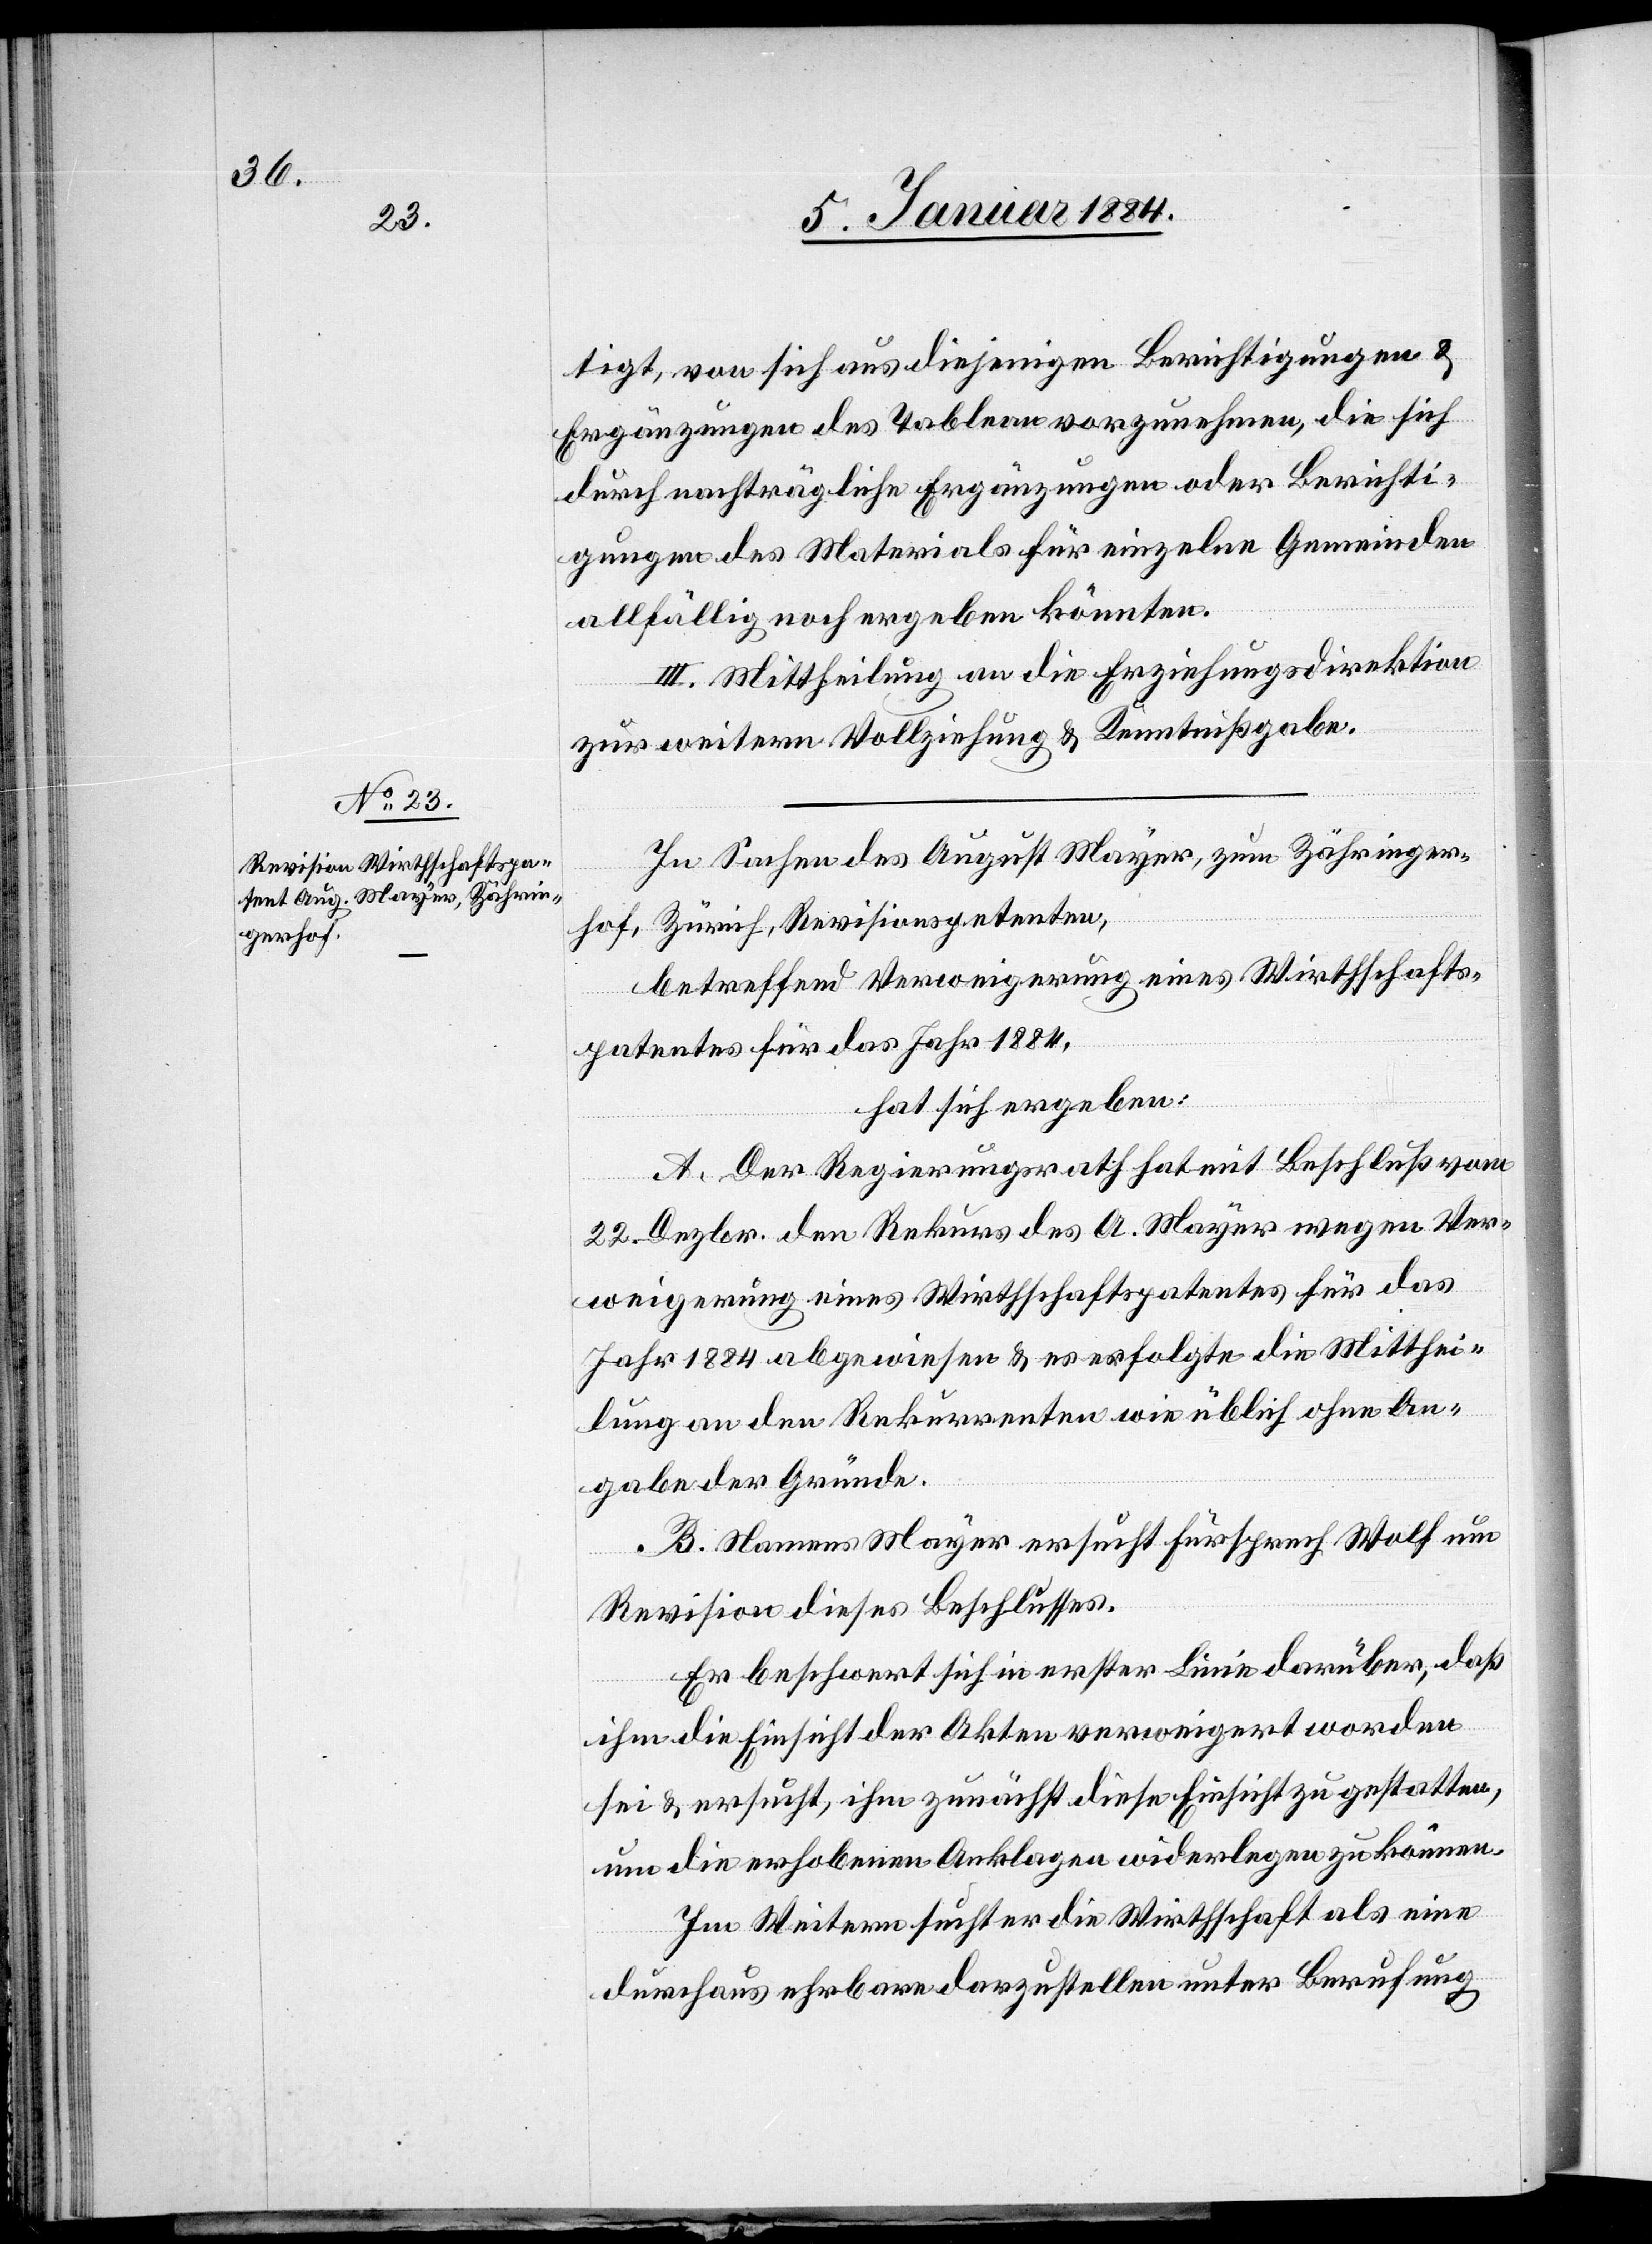
tigt, von sich aus diejenigen Berichtigungen &
Ergänzungen des Tableau vorzunehmen, die sich
durch nachträgliche Ergänzungen oder Berichti¬
gungen des Materials für einzelne Gemeinden
allfällig noch ergeben könnten.
III. Mittheilung an die Erziehungsdirektion
zur weitern Vollziehung & Kenntnißgabe.
In Sachen des August Mayer, zum Zähringer¬
hof, Zürich, Revisionspetenten,
betreffend Verweigerung eines Wirthschafts¬
patentes für das Jahr 1884,
hat sich ergeben:
A. Der Regierungsrath hat mit Beschluß vom
22. Dezbr. den Rekurs des A. Mayer wegen Ver¬
weigerung eines Wirthschaftspatentes für das
Jahr 1884 abgewiesen & es erfolgte die Mitthei¬
lung an den Rekurrenten wie üblich ohne An¬
gabe der Gründe.
B. Namens Mayer ersucht Fürsprech Wolf um
Revision dieses Beschlusses.
Er beschwert sich in erster Linie darüber, aß
ihm die Einsicht der Akten verweigert worden
sei & ersucht, ihm zunächst diese Einsicht zu gestatten,
um die erhobene Anklage widerlegen zu können.
Im Weitern sucht er die Wirthschaft als eine
durchaus ehrbare darzustellen unter Berufung